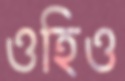
ওহিও